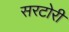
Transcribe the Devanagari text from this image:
सरटोरी